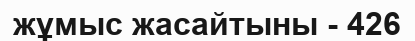
жұмыс жасайтыны - 426